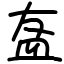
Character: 𥁊